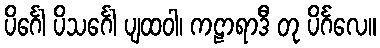
ပိင်္ဂေါ ပိသင်္ဂေါ ပျထဝါ၊ ကဠာရာဒီ တု ပိင်္ဂလေ။